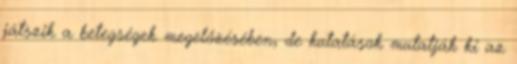
játszik a betegségek megelőzésében, de kutatások mutatják ki az